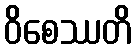
ဝိစေဿတိ